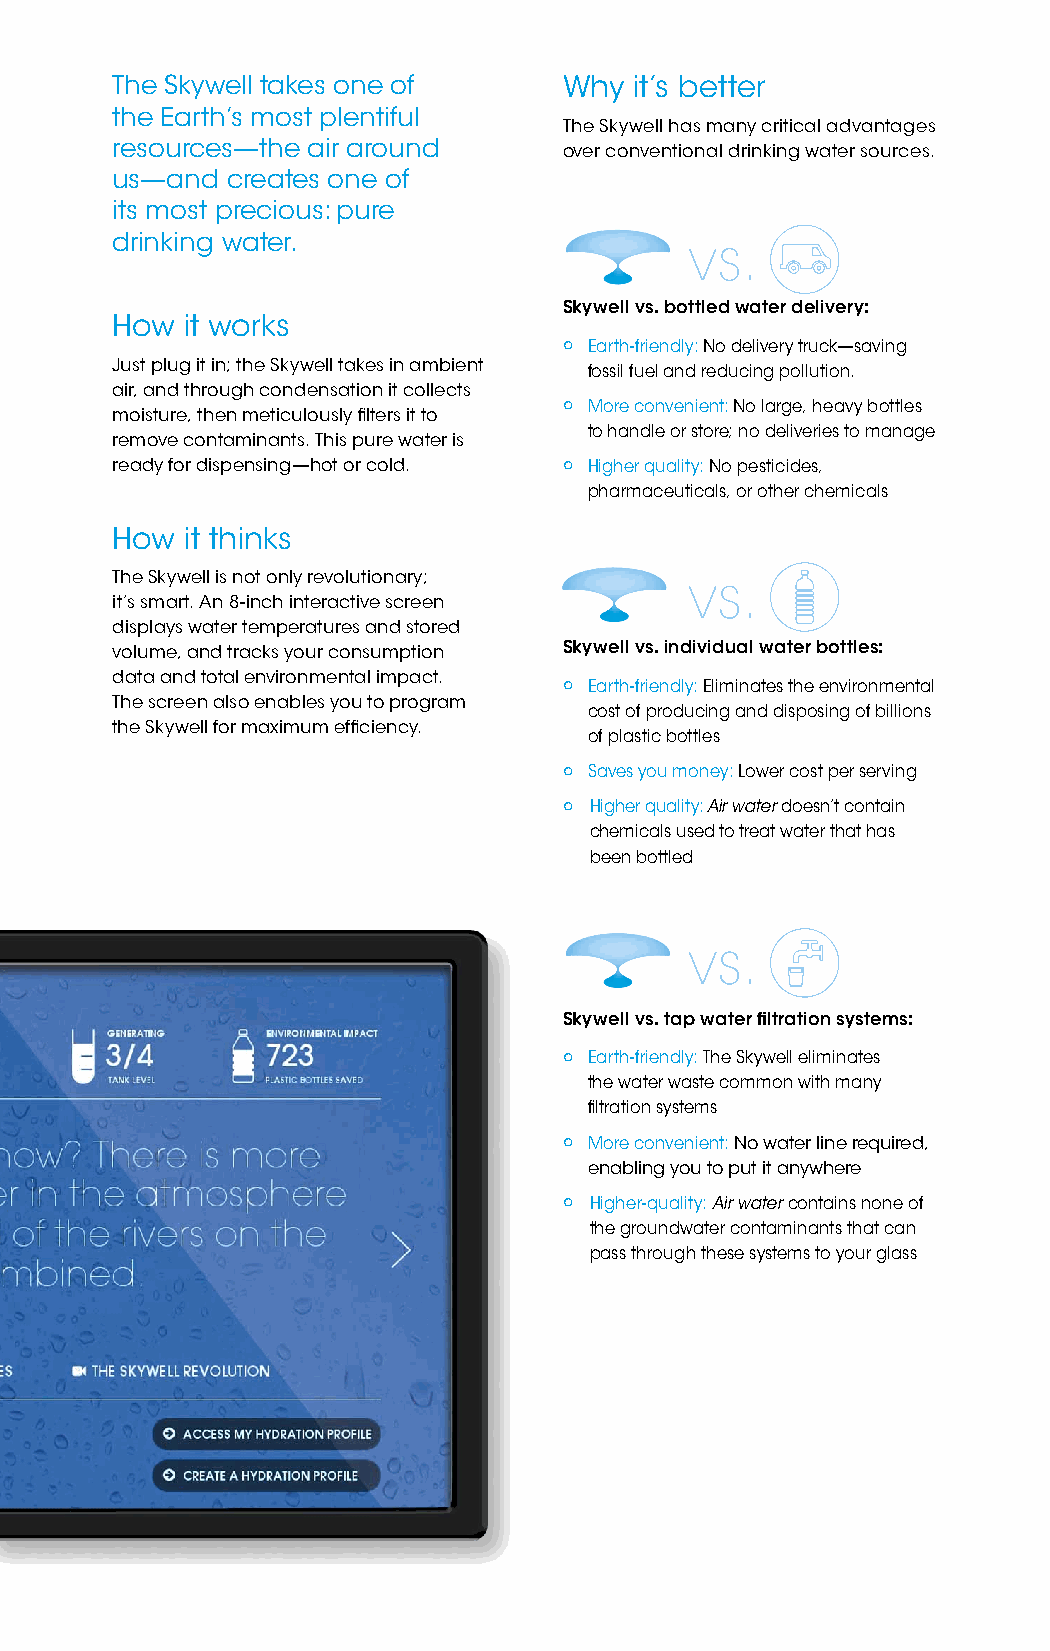
The Skywell takes one of      Why  it’s better
 the Earth’s most plentiful
 The Skywell has many critical advantages
 resources—the air around      over conventional drinking water sources.
 us—and  creates one of
 its most precious: pure
 drinking water.                        vs.
 Skywell vs. bottled water delivery:
 How  it works
 º Earth-friendly: No delivery truck—saving
 Just plug it in; the Skywell takes in ambient fossil fuel and reducing pollution.
 air, and through condensation it collects
 moisture, then meticulously filters it to º More convenient: No large, heavy bottles
 to handle or store; no deliveries to manage
 remove contaminants. This pure water is
 ready for dispensing—hot or cold. º Higher quality: No pesticides,
 pharmaceuticals, or other chemicals
 How  it thinks
 The Skywell is not only revolutionary; vs.
 it’s smart. An 8-inch interactive screen
 displays water temperatures and stored
 volume, and tracks your consumption Skywell vs. individual water bottles:
 data and total environmental impact.
 º Earth-friendly: Eliminates the environmental
 The screen also enables you to program
 cost of producing and disposing of billions
 the Skywell for maximum efficiency.
 of plastic bottles
 º Saves you money: Lower cost per serving
 º Higher quality: Air water doesn’t contain
 chemicals used to treat water that has
 been bottled
 vs.
 Skywell vs. tap water filtration systems:
 º Earth-friendly: The Skywell eliminates
 the water waste common with many
 filtration systems
 º More convenient: No water line required,
 enabling you to put it anywhere
 º Higher-quality: Air water contains none of
 the groundwater contaminants that can
 pass through these systems to your glass